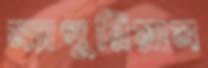
ম্যাগুরিয়াম